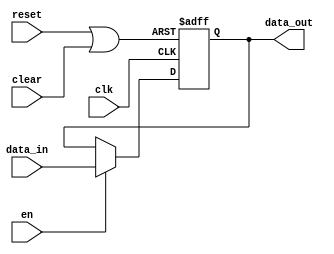
`timescale 1ns / 1ps
//////////////////////////////////////////////////////////////////////////////////
// Company: 
// Engineer: 
// 
// Design Name: 
// Module Name:    reg_data 
// Project Name: 
// Target Devices: 
// Tool versions: 
// Description: 
//
// Dependencies: 
//
// Revision: 
// Revision 0.01 - File Created
// Additional Comments: 
//
//////////////////////////////////////////////////////////////////////////////////
module reg_data_clr(
    input wire [7:0] data_in,
    input wire clk,
	 input wire en,
    input wire reset,
	 input wire clear,
    output wire [7:0] data_out
    );

reg [7:0] data_next;
wire Rs;
assign Rs = reset || clear;

always @(posedge clk or posedge Rs)
	begin
		if (Rs) data_next <= 8'b0;
		else if (en) data_next <= data_in;
		else data_next <= data_next;
	end

assign data_out = data_next;

endmodule